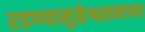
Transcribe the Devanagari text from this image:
रडण्यामुळेश्वसनाच्या